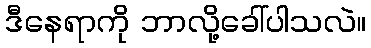
ဒီနေရာကို ဘာလို့ခေါ်ပါသလဲ။